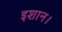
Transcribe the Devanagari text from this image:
इशान।